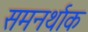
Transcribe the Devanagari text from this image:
समनर्थाक